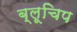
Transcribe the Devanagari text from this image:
ब्लूचिप